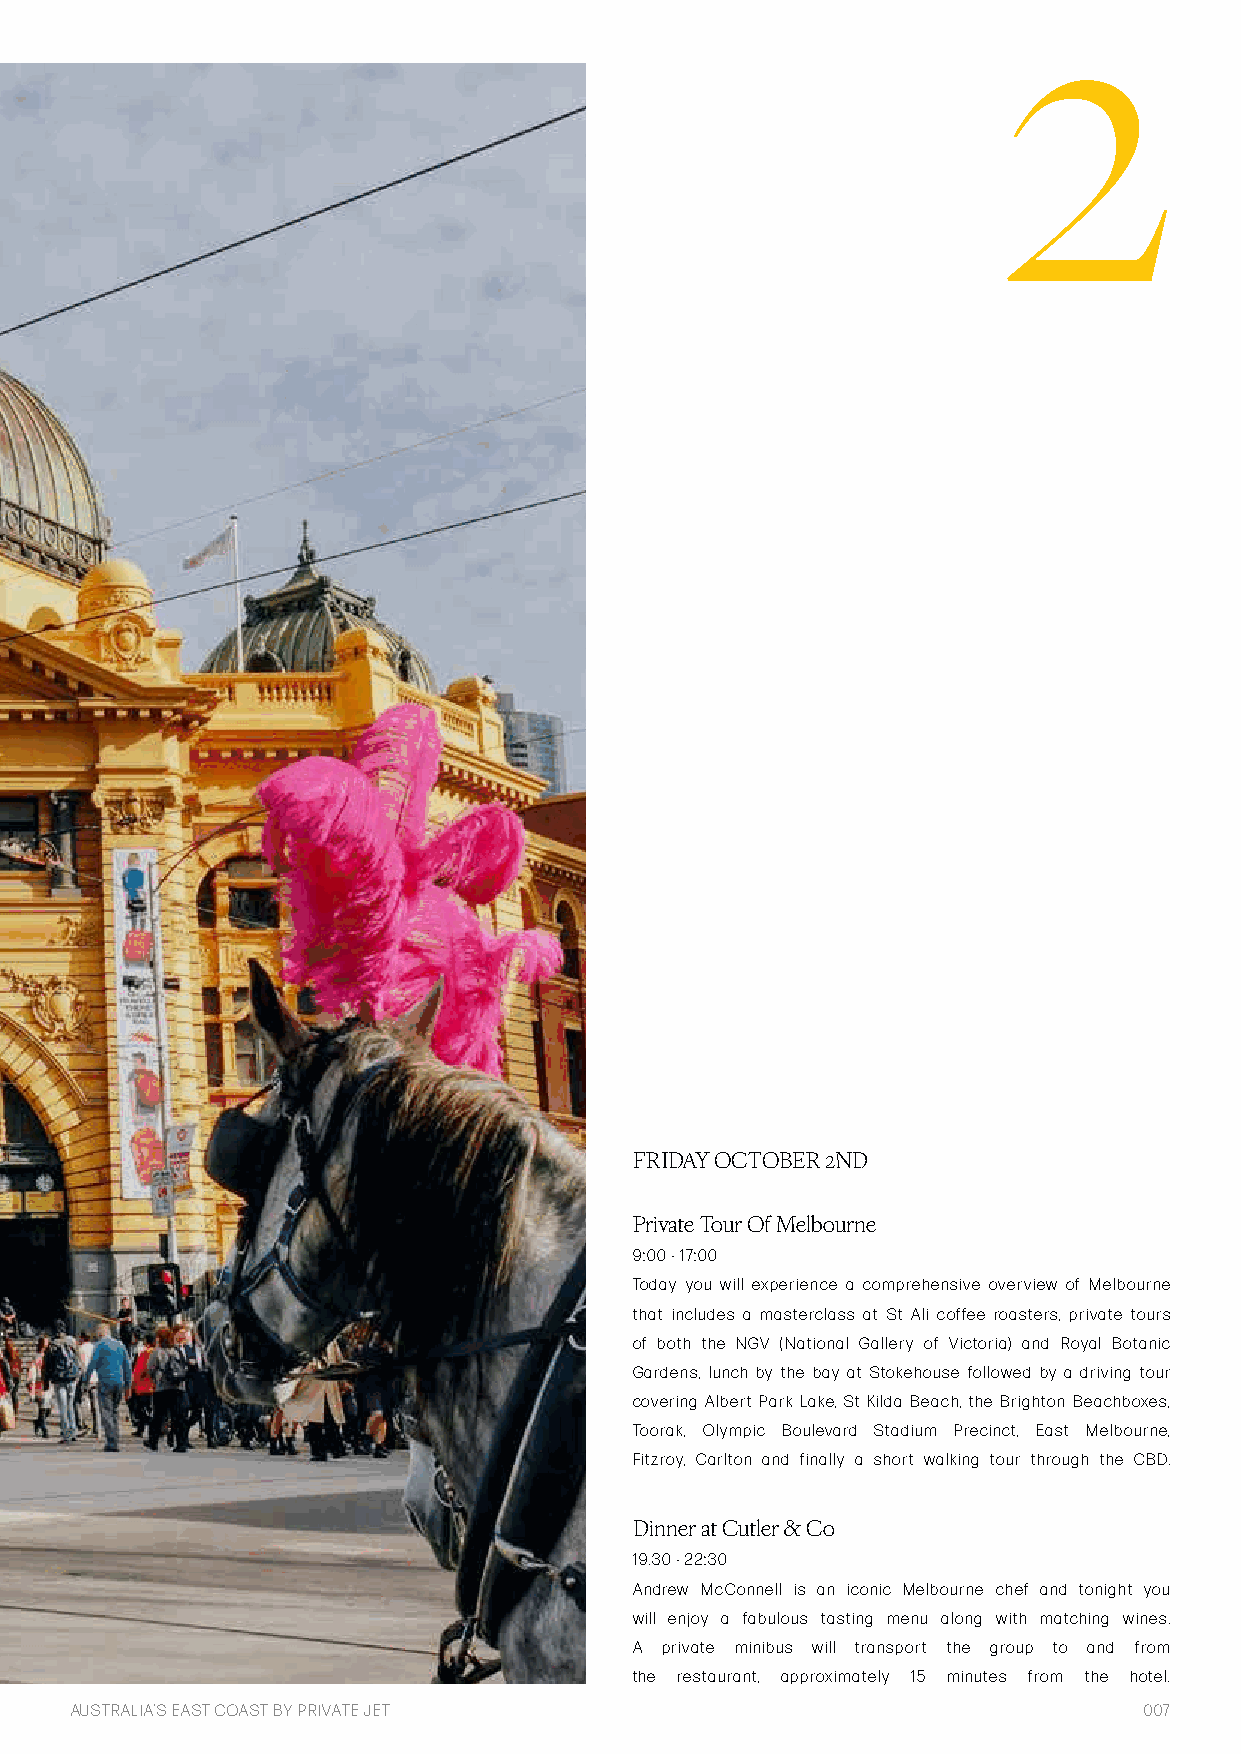
2
 FRIDAY OCTOBER 2ND
 Private Tour Of Melbourne
 9:00 - 17:00
 Today you will experience a comprehensive overview of Melbourne
 that includes a masterclass at St Ali coffee roasters, private tours
 of both the NGV (National Gallery of Victoria) and Royal Botanic
 Gardens, lunch by the bay at Stokehouse followed by a driving tour
 covering Albert Park Lake, St Kilda Beach, the Brighton Beachboxes,
 Toorak, Olympic Boulevard Stadium Precinct, East Melbourne,
 Fitzroy, Carlton and finally a short walking tour through the CBD.
 Dinner at Cutler & Co
 19.30 - 22:30
 Andrew McConnell is an iconic Melbourne chef and tonight you
 will enjoy a fabulous tasting menu along with matching wines.
 A private minibus will transport the group to and from
 the restaurant, approximately 15 minutes from the hotel.
 AUSTRALIA’S EAST COAST BY PRIVATE JET                                  007